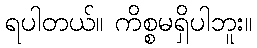
ရပါတယ်။ ကိစ္စမရှိပါဘူး။